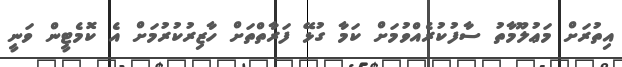
އިތުރަށް މަޢުލޫމާތު ސާފުކުރެއްވުމަށް ކަމާ ގުޅޭ ފަރާތްތަށް ހާޒިރުކުރުމަށް އެ ކޮމެޓީން ވަނީ